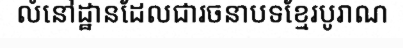
លំនៅដ្ឋានដែលជារចនាបទខ្មែរបូរាណ